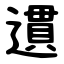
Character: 遦